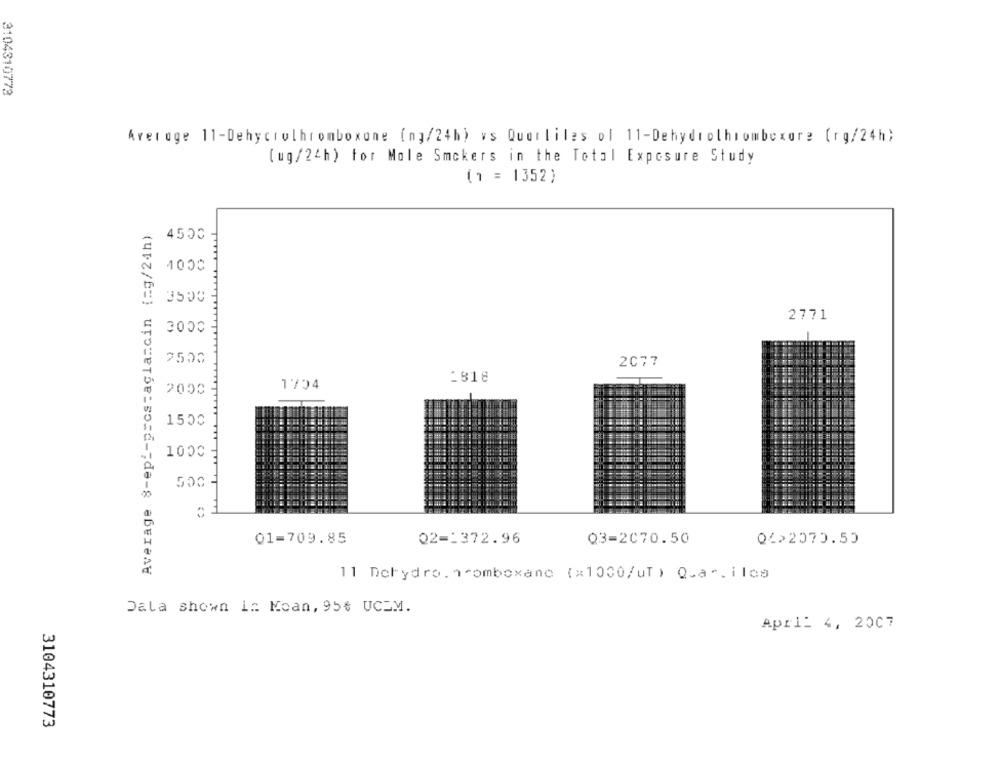
3104310773
Average 11-Dehycrolhromboxone (ng/24h) vs Querliles ol 11-Dehydrothrombexore (rg/24h)
(ug/24h) for Mole Smokers in the Total Exposure Study
(1 = 1352)
Average S-epi-prostagla=cin (=g/24h)
4550 -
2771
2077
1818
1704
2000
TTT
0
01=709.85
02-1372.96
Q3-2070.50
04>2070.50
11 Dehydro. comboxano (x1000/ut ) Q.ar.ilos
Dala shown in Koan, 95₺ UCZM.
April 4, 2007
3104310773